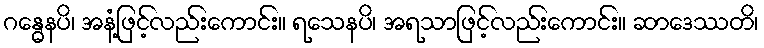
ဂန္ဓေနပိ၊ အနံ့ဖြင့်လည်းကောင်း။ ရသေနပိ၊ အရသာဖြင့်လည်းကောင်း။ ဆာဒေဿတိ၊